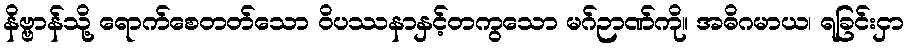
နိဗ္ဗာန်သို့ ရောက်စေတတ်သော ဝိပဿနာနှင့်တကွသော မဂ်ဉာဏ်ကို။ အဓိဂမာယ၊ ရခြင်းငှာ